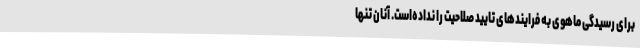
برای رسیدگی ماهوی به فرایندهای تایید صلاحیت را نداده‌است. آنان تنها